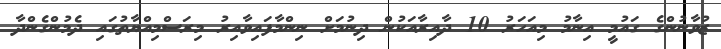
ޒުވާނުންގެ ގައުމީ އިނާމު މިއަހަރު 10 ދާއިރާއަކުން ދިނުމަށް ނިންމާފައިވާއިރު މިރަސްމިއްޔާތުގައި ދެމުންގެންދާ